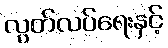
လွတ်လပ်ရေးနှင့်